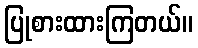
ပြုစားထားကြတယ်။